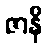
ဇာနိ